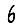
Digit: 6